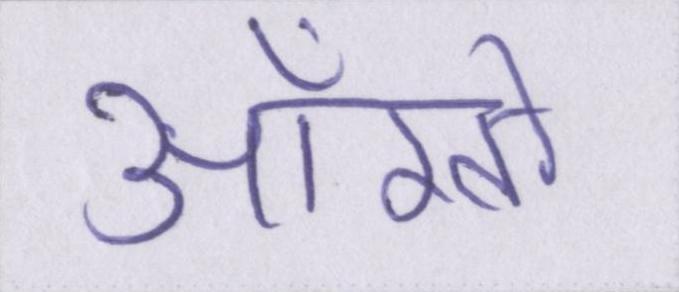
आँखों